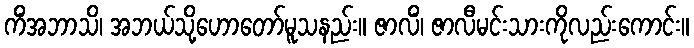
ကိံအဘာသိ၊ အဘယ်သို့ဟောတော်မူသနည်း။ ဇာလိံ၊ ဇာလီမင်းသားကိုလည်းကောင်း။